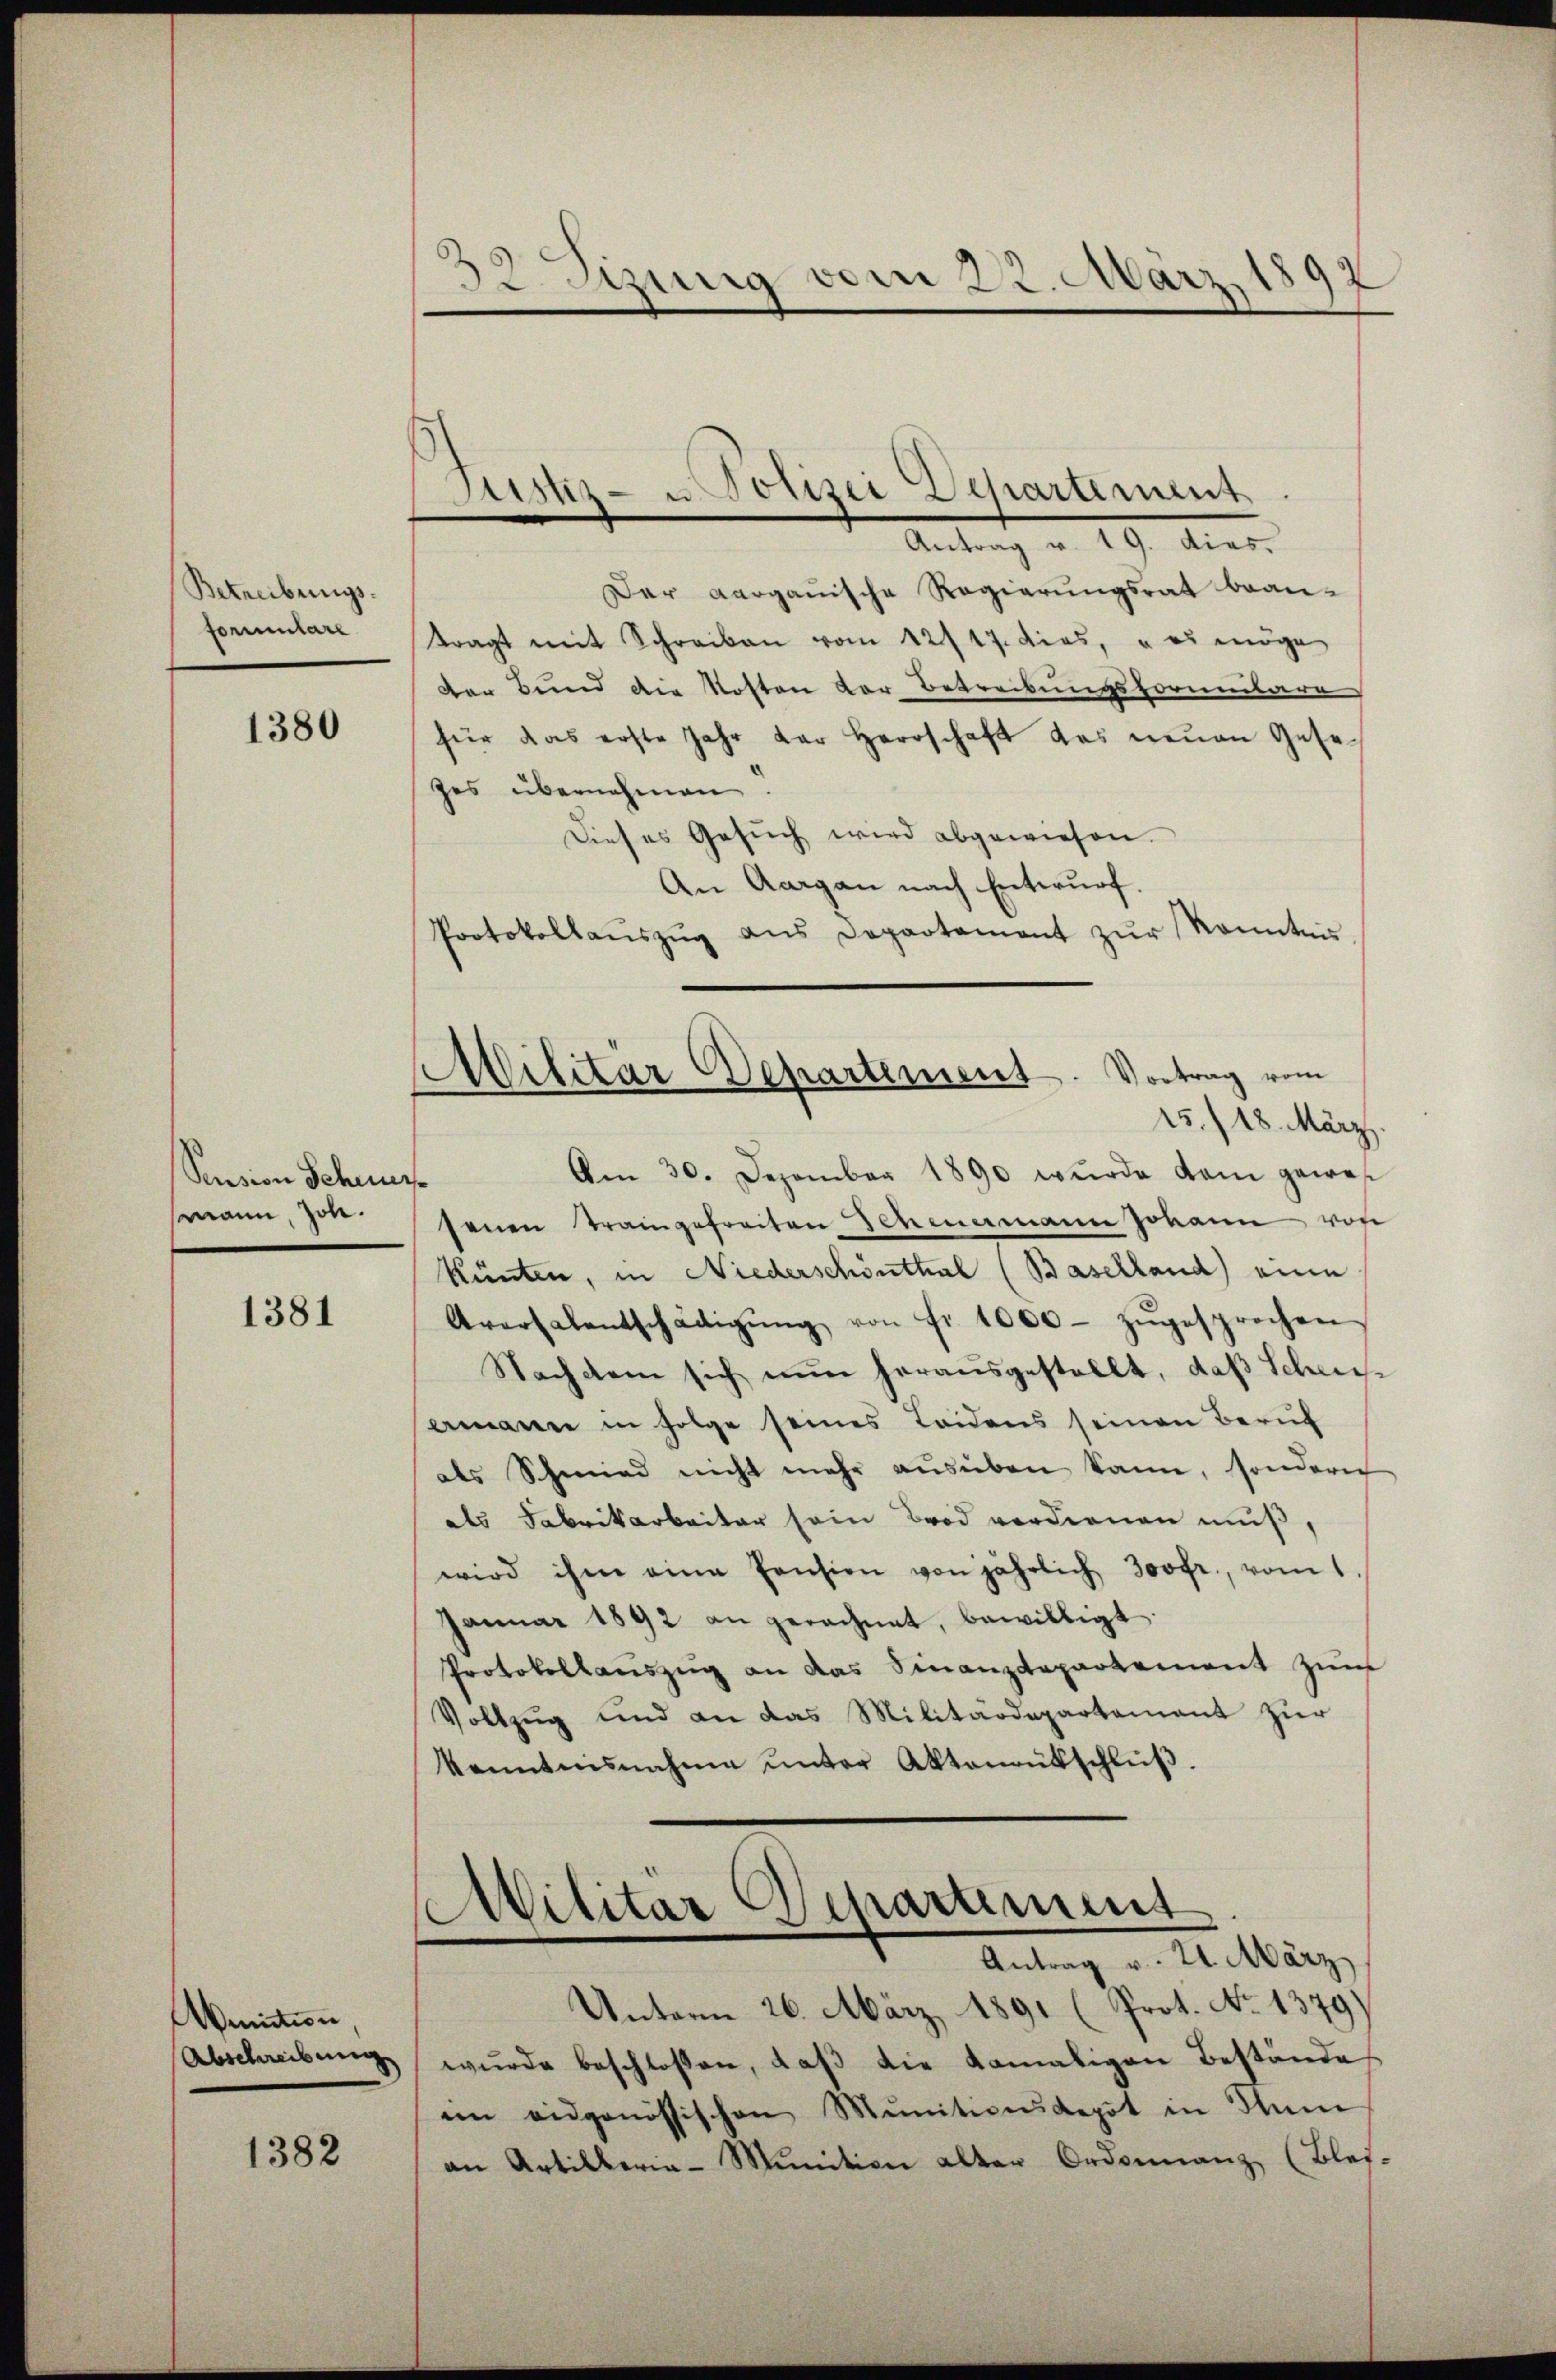
Betreibungsformulare

1380

Sension Scheuer
mann, Joh.

1381

Winition,
Abschreibung

1382

d
tzung vom 22. März 1897

Jusnz- u Polizer Departement
Antrag v. 19. dies

Militär Departement. Vortrag vom
15./18. März.

Der Aargauische Regierungsrat bean-
tragt mit Schreiben vom 12/17. dies, u es möge
der Bund die Kosten der Betreibungsformulare
für das erste Jahr der Herrschaft des neuen Gese
zes übernehmen.
Dieses Gesŭch wird abgewiesen.
An Aargau nach Entwurf.
Protokollaŭszŭg ans Departament zŭr Kenntnis
Am 30. Dezember 1890 wurde dem gewes
senen Traingefreiten Scheuermann Johann von
Künten, in Niederschönthal (Baselland) eine
Arorsalentschädigŭng von Fr. 1000 zŭgesprochen
Nachdem sich nŭn herausgestellt, daß Schei
amanne in Folge seines Leidens seinen Beruf
als Schmied nicht mehr aŭsüben kann, sondern
als Fabrikarbeiter sein Brod verdienen muß,
wird ihm eine Pension von jährlich Jovfr., vom 1
Januar 1892 an gerechnet, bewilligt
Protokollauszug an das Finanzdepartement zum
Vollzug und an das Militärdepartement zur
kenntnisnahme ŭnter Aktenaŭsschlŭβ.

Militär Departement
Antrag v. 21. März

Unterm 26. März 1891 (Prot. No 1379)
wŭrde beschlossen, daβ die damaligen Bestände
im eidgenössischen Munitionsdepot in Man
an Artilleria - Munition alter Ordonnanz, (Blei¬